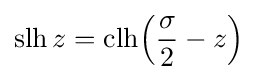
\operatorname {slh} z={\operatorname {clh} }{{\Bigl (}{\frac {\sigma }{2}}-z{\Bigr )}}